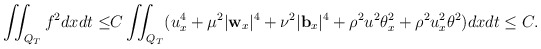
\begin{align*} \iint_{Q_T}f^2dxdt\leq & C\iint_{Q_T}(u_x^4+\mu^2|\mathbf{w}_x|^4+\nu^2|\mathbf{b}_x|^4+\rho^2u^2\theta_x^2+\rho^2u_x^2\theta^2)dxdt \leq C.\end{align*}